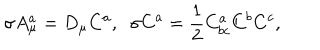
\sigma A _ { \mu } ^ { a } = D _ { \mu } C ^ { a } , \; \; \sigma C ^ { a } = { \frac { 1 } { 2 } } C _ { b c } ^ { a } C ^ { b } C ^ { c } ,